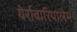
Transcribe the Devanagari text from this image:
येर्रावारिपालेम